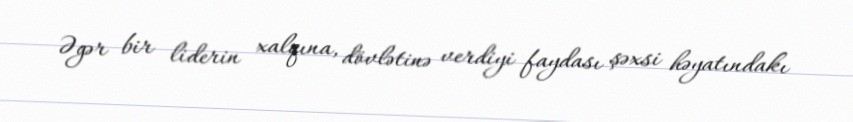
Əgər bir liderin xalqına, dövlətinə verdiyi faydası şəxsi həyatındakı